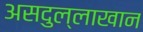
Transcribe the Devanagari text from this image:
असदुल्लाखान